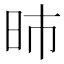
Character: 昁